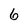
Character: 6